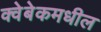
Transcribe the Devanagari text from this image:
क्वेबेकमधील